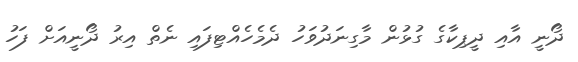
ދޯނީ އާއި ދީޕިކާގެ ގުޅުން މާގިނަދުވަހު ދެމެހެއްޓިފައި ނެތް އިރު ދޯނީއަށް ފަހު